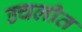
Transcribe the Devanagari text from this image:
उचलीत